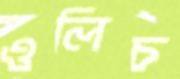
ওলিচ